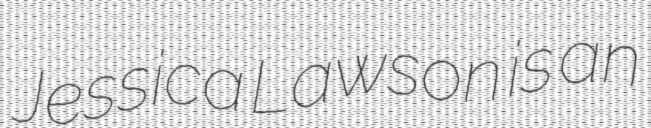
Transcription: Jessica Lawson is an